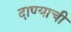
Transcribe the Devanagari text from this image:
दाण्याची